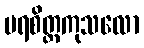
ပရစိတ္တကုသလော